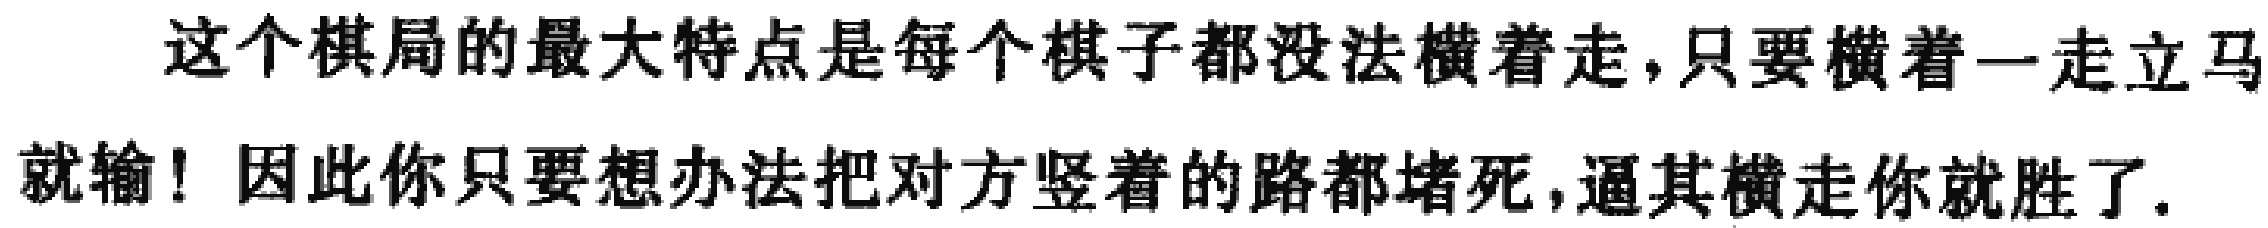
这个棋局的最大特点是每个棋子都没法横着走,只要横着一走立马就输! 因此你只要想办法把对方竖着的路都堵死,逼其横走你就胜了.